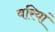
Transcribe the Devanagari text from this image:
वरियां